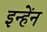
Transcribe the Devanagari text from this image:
इन्हेंन